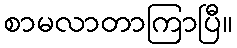
စာမလာတာကြာပြီ။